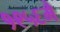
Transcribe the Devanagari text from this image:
१९५६मै